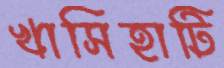
খাসিহাটি